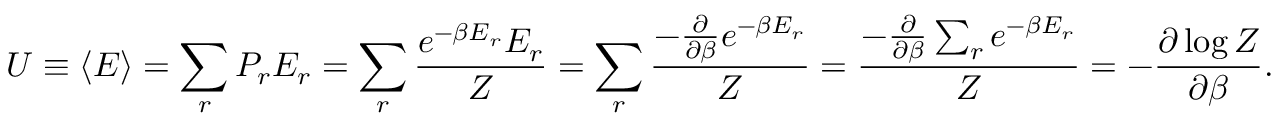
U \equiv \langle E \rangle = \sum _ { r } P _ { r } E _ { r } = \sum _ { r } { \frac { e ^ { - \beta E _ { r } } E _ { r } } { Z } } = \sum _ { r } { \frac { - { \frac { \partial } { \partial \beta } } e ^ { - \beta E _ { r } } } { Z } } = { \frac { - { \frac { \partial } { \partial \beta } } \sum _ { r } e ^ { - \beta E _ { r } } } { Z } } = - { \frac { \partial \log Z } { \partial \beta } } .